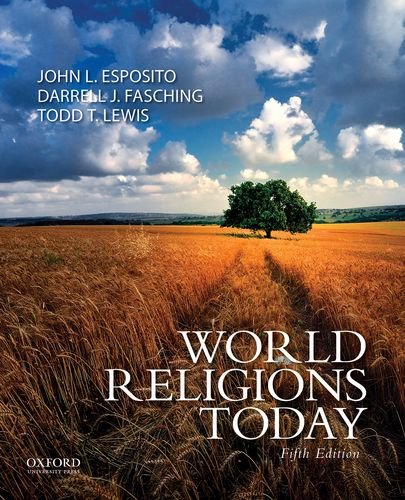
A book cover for World Religions Today; John L. Esposito; Religion & Spirituality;